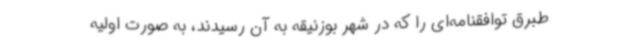
طبرق توافقنامه‌ای را که در شهر بوزنیقه به آن رسیدند، به صورت اولیه